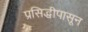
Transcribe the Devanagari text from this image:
प्रसिद्धीपासून